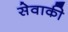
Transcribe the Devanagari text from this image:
सेवाकी